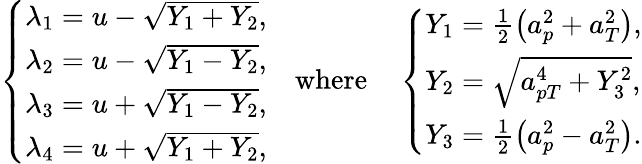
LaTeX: \left\{ \begin{array}{ll}{\lambda_{1}=u-\sqrt{Y_{1}+Y_{2}},}\\ {\lambda_{2}=u-\sqrt{Y_{1}-Y_{2}},}\\ {\lambda_{3}=u+\sqrt{Y_{1}-Y_{2}},}\\ {\lambda_{4}=u+\sqrt{Y_{1}+Y_{2}},}\end{array}\right.\quad\mathrm{where}\quad\left\{ \begin{array}{ll}{Y_{1}=\frac{1}{2}\left(a_{p}^{2}+a_{T}^{2}\right),}\\ {Y_{2}=\sqrt{a_{pT}^{4}+Y_{3}^{2}},}\\ {Y_{3}=\frac{1}{2}\left(a_{p}^{2}-a_{T}^{2}\right).}\end{array}\right.